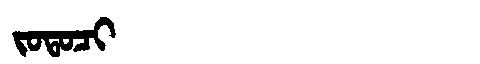
Manchu: ᠵᠣᡨᠣᠴᡳ
Romanization: JOTOCI